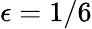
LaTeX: \epsilon=1/6